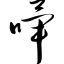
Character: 哔